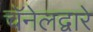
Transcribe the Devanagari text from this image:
चॅनेलद्वारे